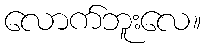
လောက်ဘူးလေ။